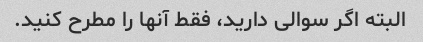
البته اگر سوالی دارید، فقط آنها را مطرح کنید.